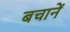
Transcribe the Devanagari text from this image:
बचानें